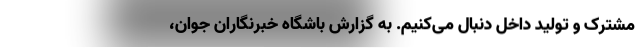
مشترک و تولید داخل دنبال می‌کنیم. به گزارش باشگاه خبرنگاران جوان،